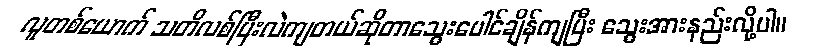
လူတစ်ယောက် သတိလစ်ပြီးလဲကျတယ်ဆိုတာသွေးပေါင်ချိန်ကျပြီး သွေးအားနည်းလို့ပါ။